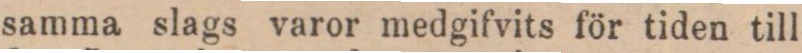
samma slags varor medgifvits för tiden till